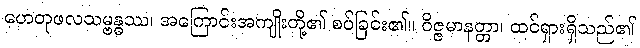
ဟေတုဖလသမ္ဗန္ဓဿ၊ အကြောင်းအကျိုးတို့၏ စပ်ခြင်း၏။ ဝိဇ္ဇမာနတ္တာ၊ ထင်ရှားရှိသည်၏